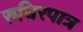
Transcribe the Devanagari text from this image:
रुधिरपात्र